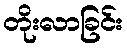
တိုးလာခြင်း